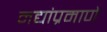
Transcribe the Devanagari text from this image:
नद्यांप्रमाणे